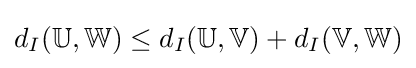
d_{I}(\mathbb {U} ,\mathbb {W} )\leq d_{I}(\mathbb {U} ,\mathbb {V} )+d_{I}(\mathbb {V} ,\mathbb {W} )